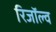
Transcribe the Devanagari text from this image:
रिजॉल्व